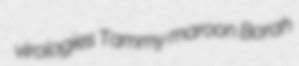
virologies Tammy maroon Borah